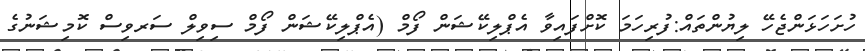
ހުށަހަޅަންޖެހޭ ލިޔުންތައް:ފުރިހަމަ ކޮށްފައިވާ އެޕްލިކޭޝަން ފޯމް (އެޕްލިކޭޝަން ފޯމް ސިވިލް ސަރވިސް ކޮމިޝަނުގެ